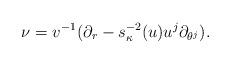
LaTeX: \begin{align*} \nu=v^{-1}(\partial_r-s_{\kappa}^{-2}(u)u^j\partial_{\theta^j}).\end{align*}